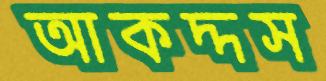
আকদ্দস